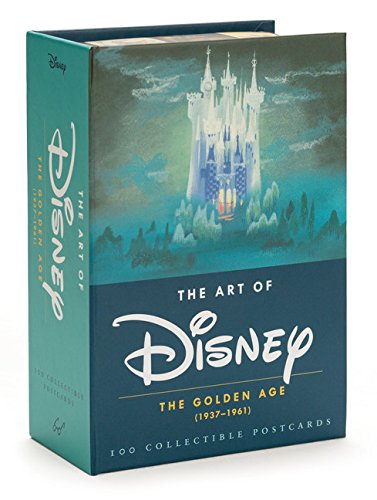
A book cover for The Art of Disney: The Golden Age (1937-1961); Disney; Arts & Photography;